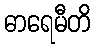
ဓာရေမီတိ